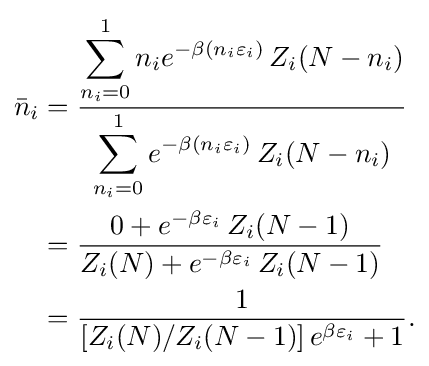
{\begin{aligned}{\bar {n}}_{i}&={\frac {\displaystyle \sum _{n_{i}=0}^{1}n_{i}e^{-\beta (n_{i}\varepsilon _{i})}\,Z_{i}(N-n_{i})}{\displaystyle \sum _{n_{i}=0}^{1}e^{-\beta (n_{i}\varepsilon _{i})}\,Z_{i}(N-n_{i})}}\\&={\frac {0+e^{-\beta \varepsilon _{i}}\,Z_{i}(N-1)}{Z_{i}(N)+e^{-\beta \varepsilon _{i}}\,Z_{i}(N-1)}}\\&={\frac {1}{[Z_{i}(N)/Z_{i}(N-1)]\,e^{\beta \varepsilon _{i}}+1}}.\end{aligned}}